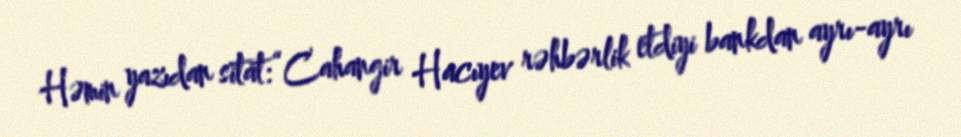
Həmin yazıdan sitat:“Cahangir Hacıyev rəhbərlik etdiyi bankdan ayrı-ayrı